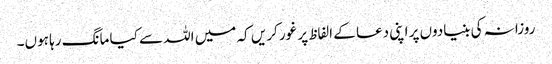
روزانہ کی بنیادوں پر اپنی دعا کے الفاظ پر غور کریں کہ میں اللہ سے کیا مانگ رہا ہوں۔